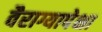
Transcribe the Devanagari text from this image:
वैराग्यापेक्षा